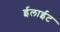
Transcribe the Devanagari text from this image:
ईलाईट